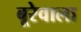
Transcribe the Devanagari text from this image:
बूरेवाला